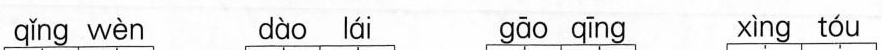
qǐng wèn dào lái gāo qīng xìng tóu